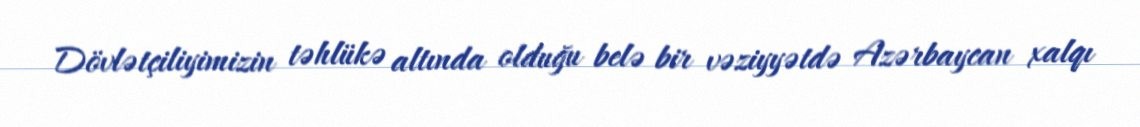
Dövlətçiliyimizin təhlükə altında olduğu belə bir vəziyyətdə Azərbaycan xalqı